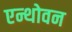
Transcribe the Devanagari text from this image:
एन्थोवन